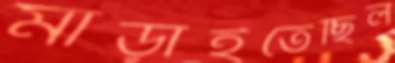
মাড়াইতেছিল